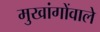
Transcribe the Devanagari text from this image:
मुखांगोंवाले